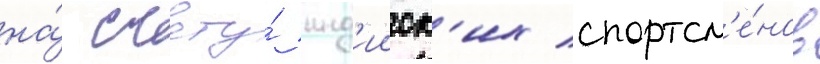
на́ счету́ инд'ииск'их спортсм'е́нов